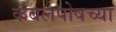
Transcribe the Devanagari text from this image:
कंबलपोषच्या